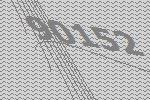
90152